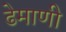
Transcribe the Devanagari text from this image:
ढेमाणी